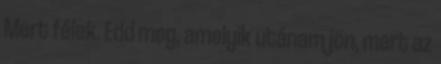
Mert félek. Edd meg, amelyik utánam jön, mert az